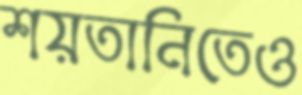
শয়তানিতেও